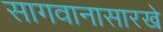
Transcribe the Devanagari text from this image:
सागवानासारखे